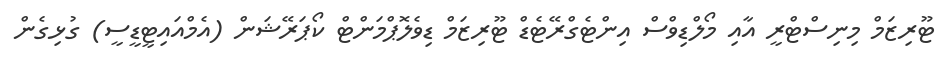
ޓޫރިޒަމް މިނިސްޓްރީ އާއި މޯލްޑިވްސް އިންޓެގްރޭޓެޑް ޓޫރިޒަމް ޑިވެލޮޕްމަންޓް ކޯޕަރޭޝަން (އެމްއައިޓީޑީސީ) ގުޅިގެން